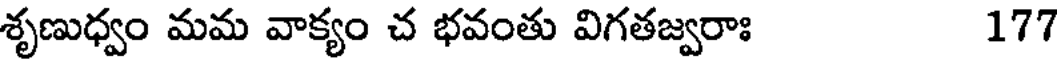
శృణుధ్వం మమ వాక్యం చ భవంతు విగతజ్వరాః 177